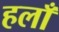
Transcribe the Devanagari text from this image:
हलाँ